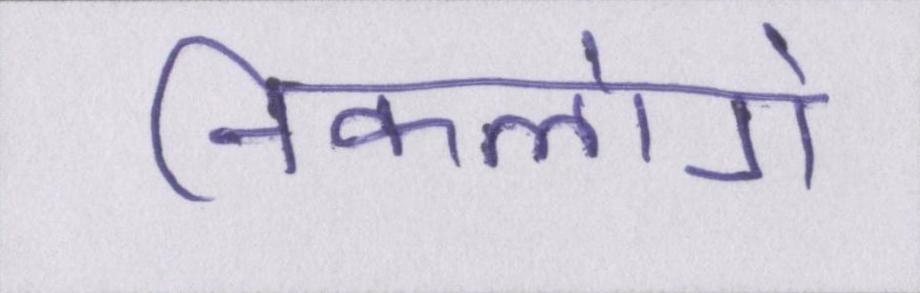
निकलोगे